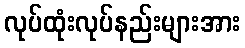
လုပ်ထုံးလုပ်နည်းများအား